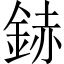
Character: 䤲